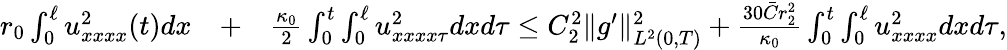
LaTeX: \begin{array}{rlr}{r_{0}\int_{0}^{\ell}u_{xxxx}^{2}(t)dx}&{+}&{\frac{\kappa_{0}}{2}\int_{0}^{t}\int_{0}^{\ell}u_{xxxx\tau}^{2}dxd\tau\leq C_{2}^{2}\Vert g^{\prime}\Vert_{L^{2}(0,T)}^{2}+\frac{30\bar{C}r_{2}^{2}}{\kappa_{0}}\int_{0}^{t}\int_{0}^{\ell}u_{xxxx}^{2}dxd\tau,}\end{array}